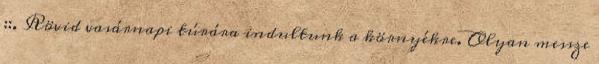
::. Rövid vasárnapi túrára indultunk a környékre. Olyan messze